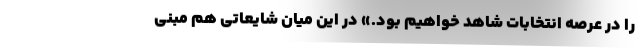
را در عرصه انتخابات شاهد خواهیم بود.» در این میان شایعاتی هم مبنی